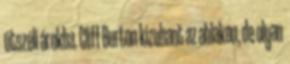
útszéli árokba. Cliff Burton kizuhant az ablakon, de olyan